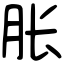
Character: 胀